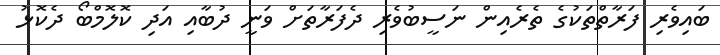
ބައިވެރި ފަރާތްތަކުގެ ތެރެއިން ނަސީބުވެރި ދެފަރާތަށް ވަނީ ދުބާއި އަދި ކޮލޮމްބޯ ދެކޮޅު